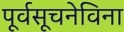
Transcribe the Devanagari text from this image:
पूर्वसूचनेविना